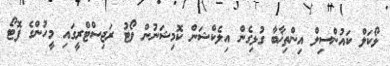
ލޯކަލް ކައުންސިލް އިންތިޚާބާ ގުޅިގެން އިލެކްޝަން ކޮމިޝަނުން ވޯޓު ރަޖިސްޓްރީގައި މީހުންގެ ފޮޓޯ